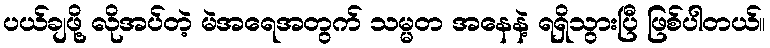
ပယ်ချဖို့ လိုအပ်တဲ့ မဲအရေအတွက် သမ္မတ အနေနဲ့ ရရှိသွားပြီ ဖြစ်ပါတယ်။